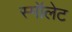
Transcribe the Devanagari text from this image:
स्मॉलेट